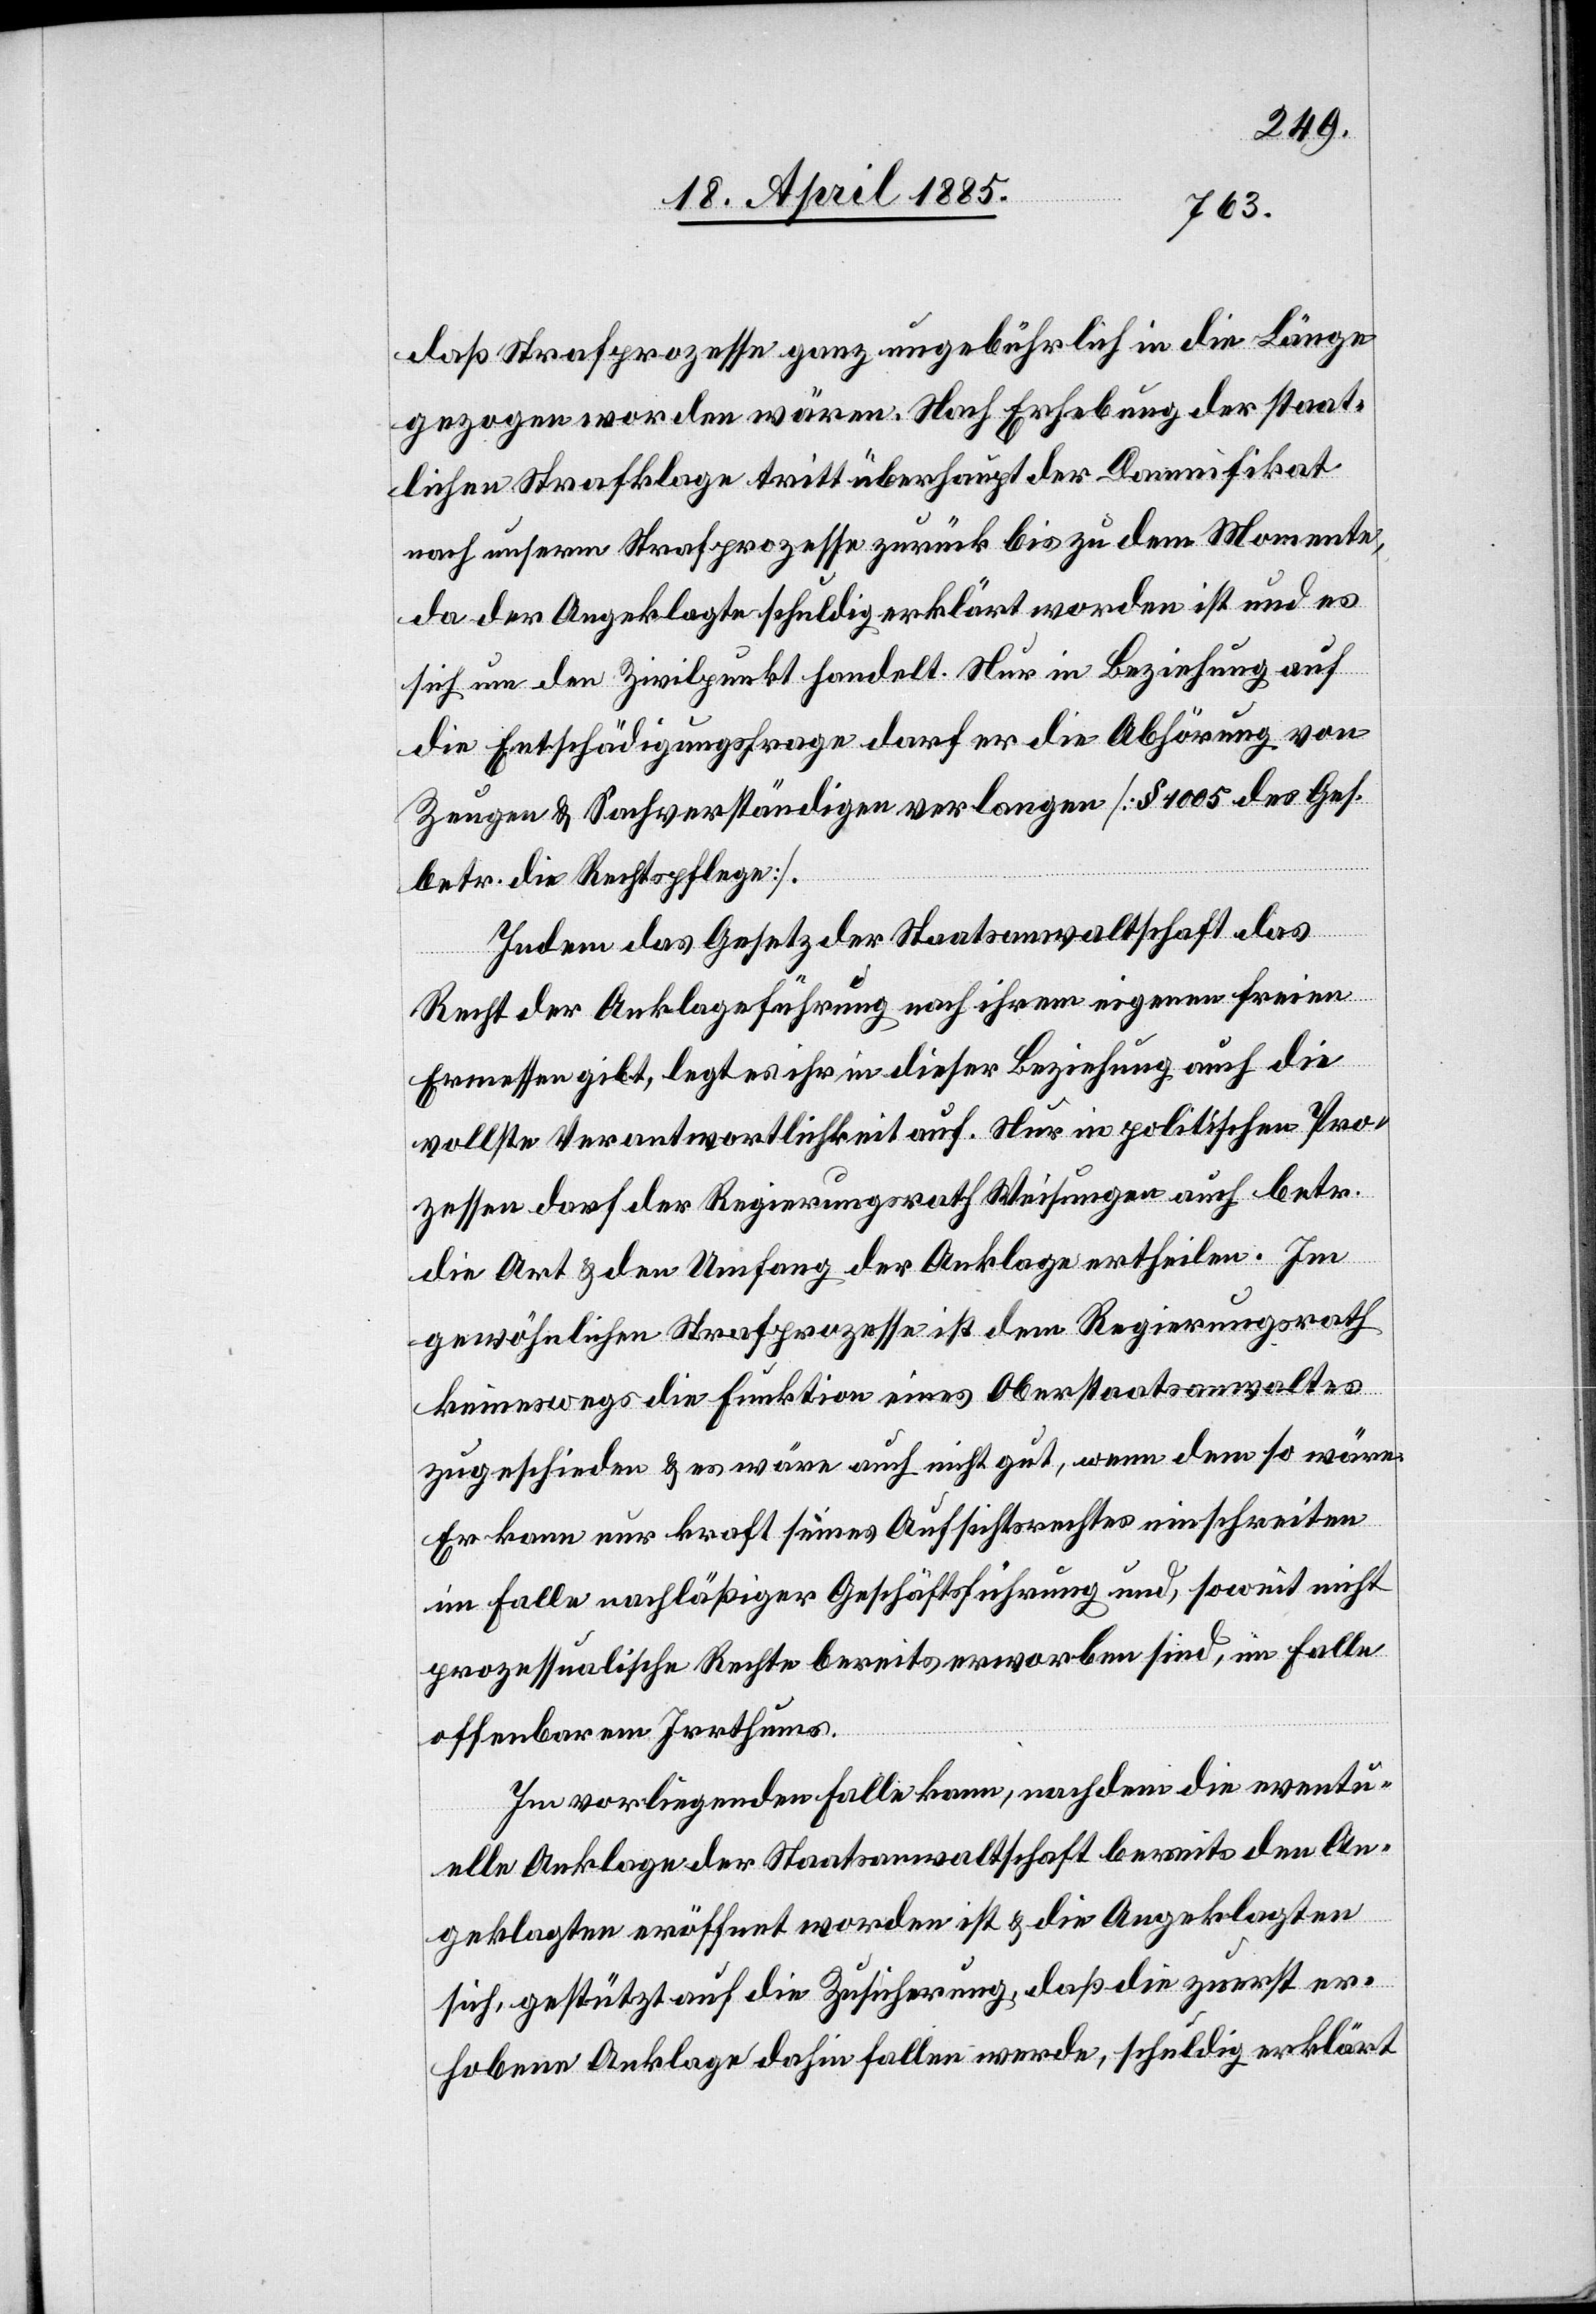
daß Strafprozesse ganz ungebührlich in die Länge
gezogen worden wären. Nach Erhebung der staat¬
lichen Strafklage tritt überhaupt der Damnifikat
nach unserm Strafprozesse zurück bis zu dem Momente,
da der Angeklagte schuldig erklärt worden ist und es
sich um den Zivilpunkt handelt. Nur in Beziehung auf
die Entschädigungsfrage darf er die Abhörung von
Zeugen & Sachverständigen verlangen [§ 1005 des Ges.
betr. die Rechtspflege].
Indem das Gesetz der Staatsanwaltschaft das
Recht der Anklageführung nach ihrem eigenen freien
Ermessen gibt, legt es ihr in dieser Beziehung auch die
vollste Verantwortlichkeit auf. Nur in politischen Pro¬
zessen darf der Regierungsrath Weisungen auch betr.
die Art & den Umfang der Anklage ertheilen. Im
gewöhnlichen Strafprozesse ist dem Regierungsrath
keineswegs die Funktion eines Oberstaatsanwaltes
zugeschieden & es wäre auch nicht gut, wenn dem so wäre.
Er kann nur Kraft seines Aufsichtsrathes einschreiten
im Falle nachläßiger Geschäftsführung und, soweit nicht
prozessualische Rechte bereits erworben sind, im Falle
offenbarem Irrthums.
Im vorliegenden Falle kann, nachdem die eventu¬
elle Anklage der Staatsanwaltschaft bereits den An¬
geklagten eröffnet worden ist & die Angeklagten
sich, gestützt auf die Zusicherung, daß die zuerst er¬
hobene Anklage dahin fallen werde, schuldig erklärt